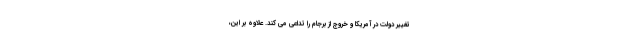
تغيير دولت در آمريكا و خروج از برجام را تداعي مي كند. علاوه بر اين،